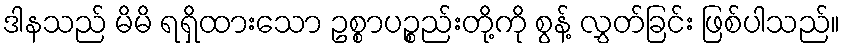
ဒါနသည် မိမိ ရရှိထားသော ဥစ္စာပဉ္စည်းတို့ကို စွန့် လွှတ်ခြင်း ဖြစ်ပါသည်။